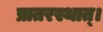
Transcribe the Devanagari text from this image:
प्रातरस्थात्।